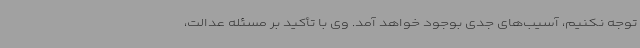
توجه نکنیم، آسیب‌های جدی بوجود خواهد آمد. وی با تأکید بر مسئله عدالت،